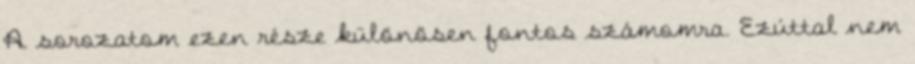
A sorozatom ezen része különösen fontos számomra. Ezúttal nem